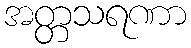
အတ္တသရဏာ